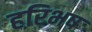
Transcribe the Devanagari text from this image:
हरिभष